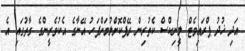
އަދި ޚުދު ޕްރައިވެޓް ލީނިކްސް ކެތުރިން ރޭޕްކޮށްލުމަށްފަހު އޭނާގެ އެކުވެރީންގެ ގާތުގައި އެ